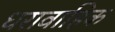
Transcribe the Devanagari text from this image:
धरावाहिक